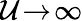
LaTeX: {\cal U}\! \to\! \infty